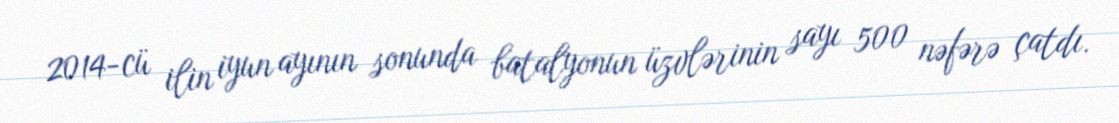
2014-cü ilin iyun ayının sonunda batalyonun üzvlərinin sayı 500 nəfərə çatdı.